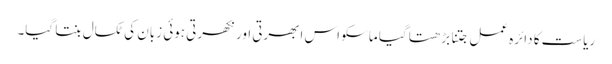
ریاست کا دائرہ عمل جتنا بڑھتا گیا ماسکو اس ابھرتی اور نکھرتی ہوئی زبان کی ٹکسال بنتا گیا۔